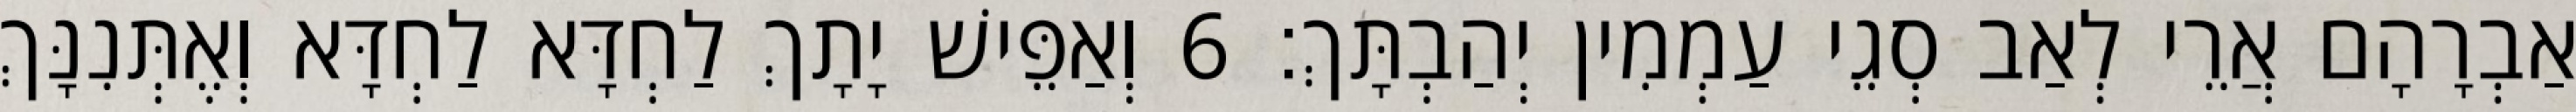
אַבְרָהָם אֲרֵי לְאַב סְגֵי עַמְמִין יְהַבְתָּךְ׃ 6 וְאַפֵּישׁ יָתָךְ לַחְדָּא לַחְדָּא וְאֶתְּנִנָּךְ